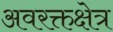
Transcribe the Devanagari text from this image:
अवरक्तक्षेत्र